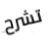
تشرح